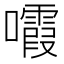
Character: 𡄟